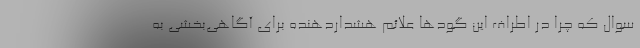
سوال که چرا در اطراف این گودها علائم هشداردهنده برای آگاهی‌بخشی به